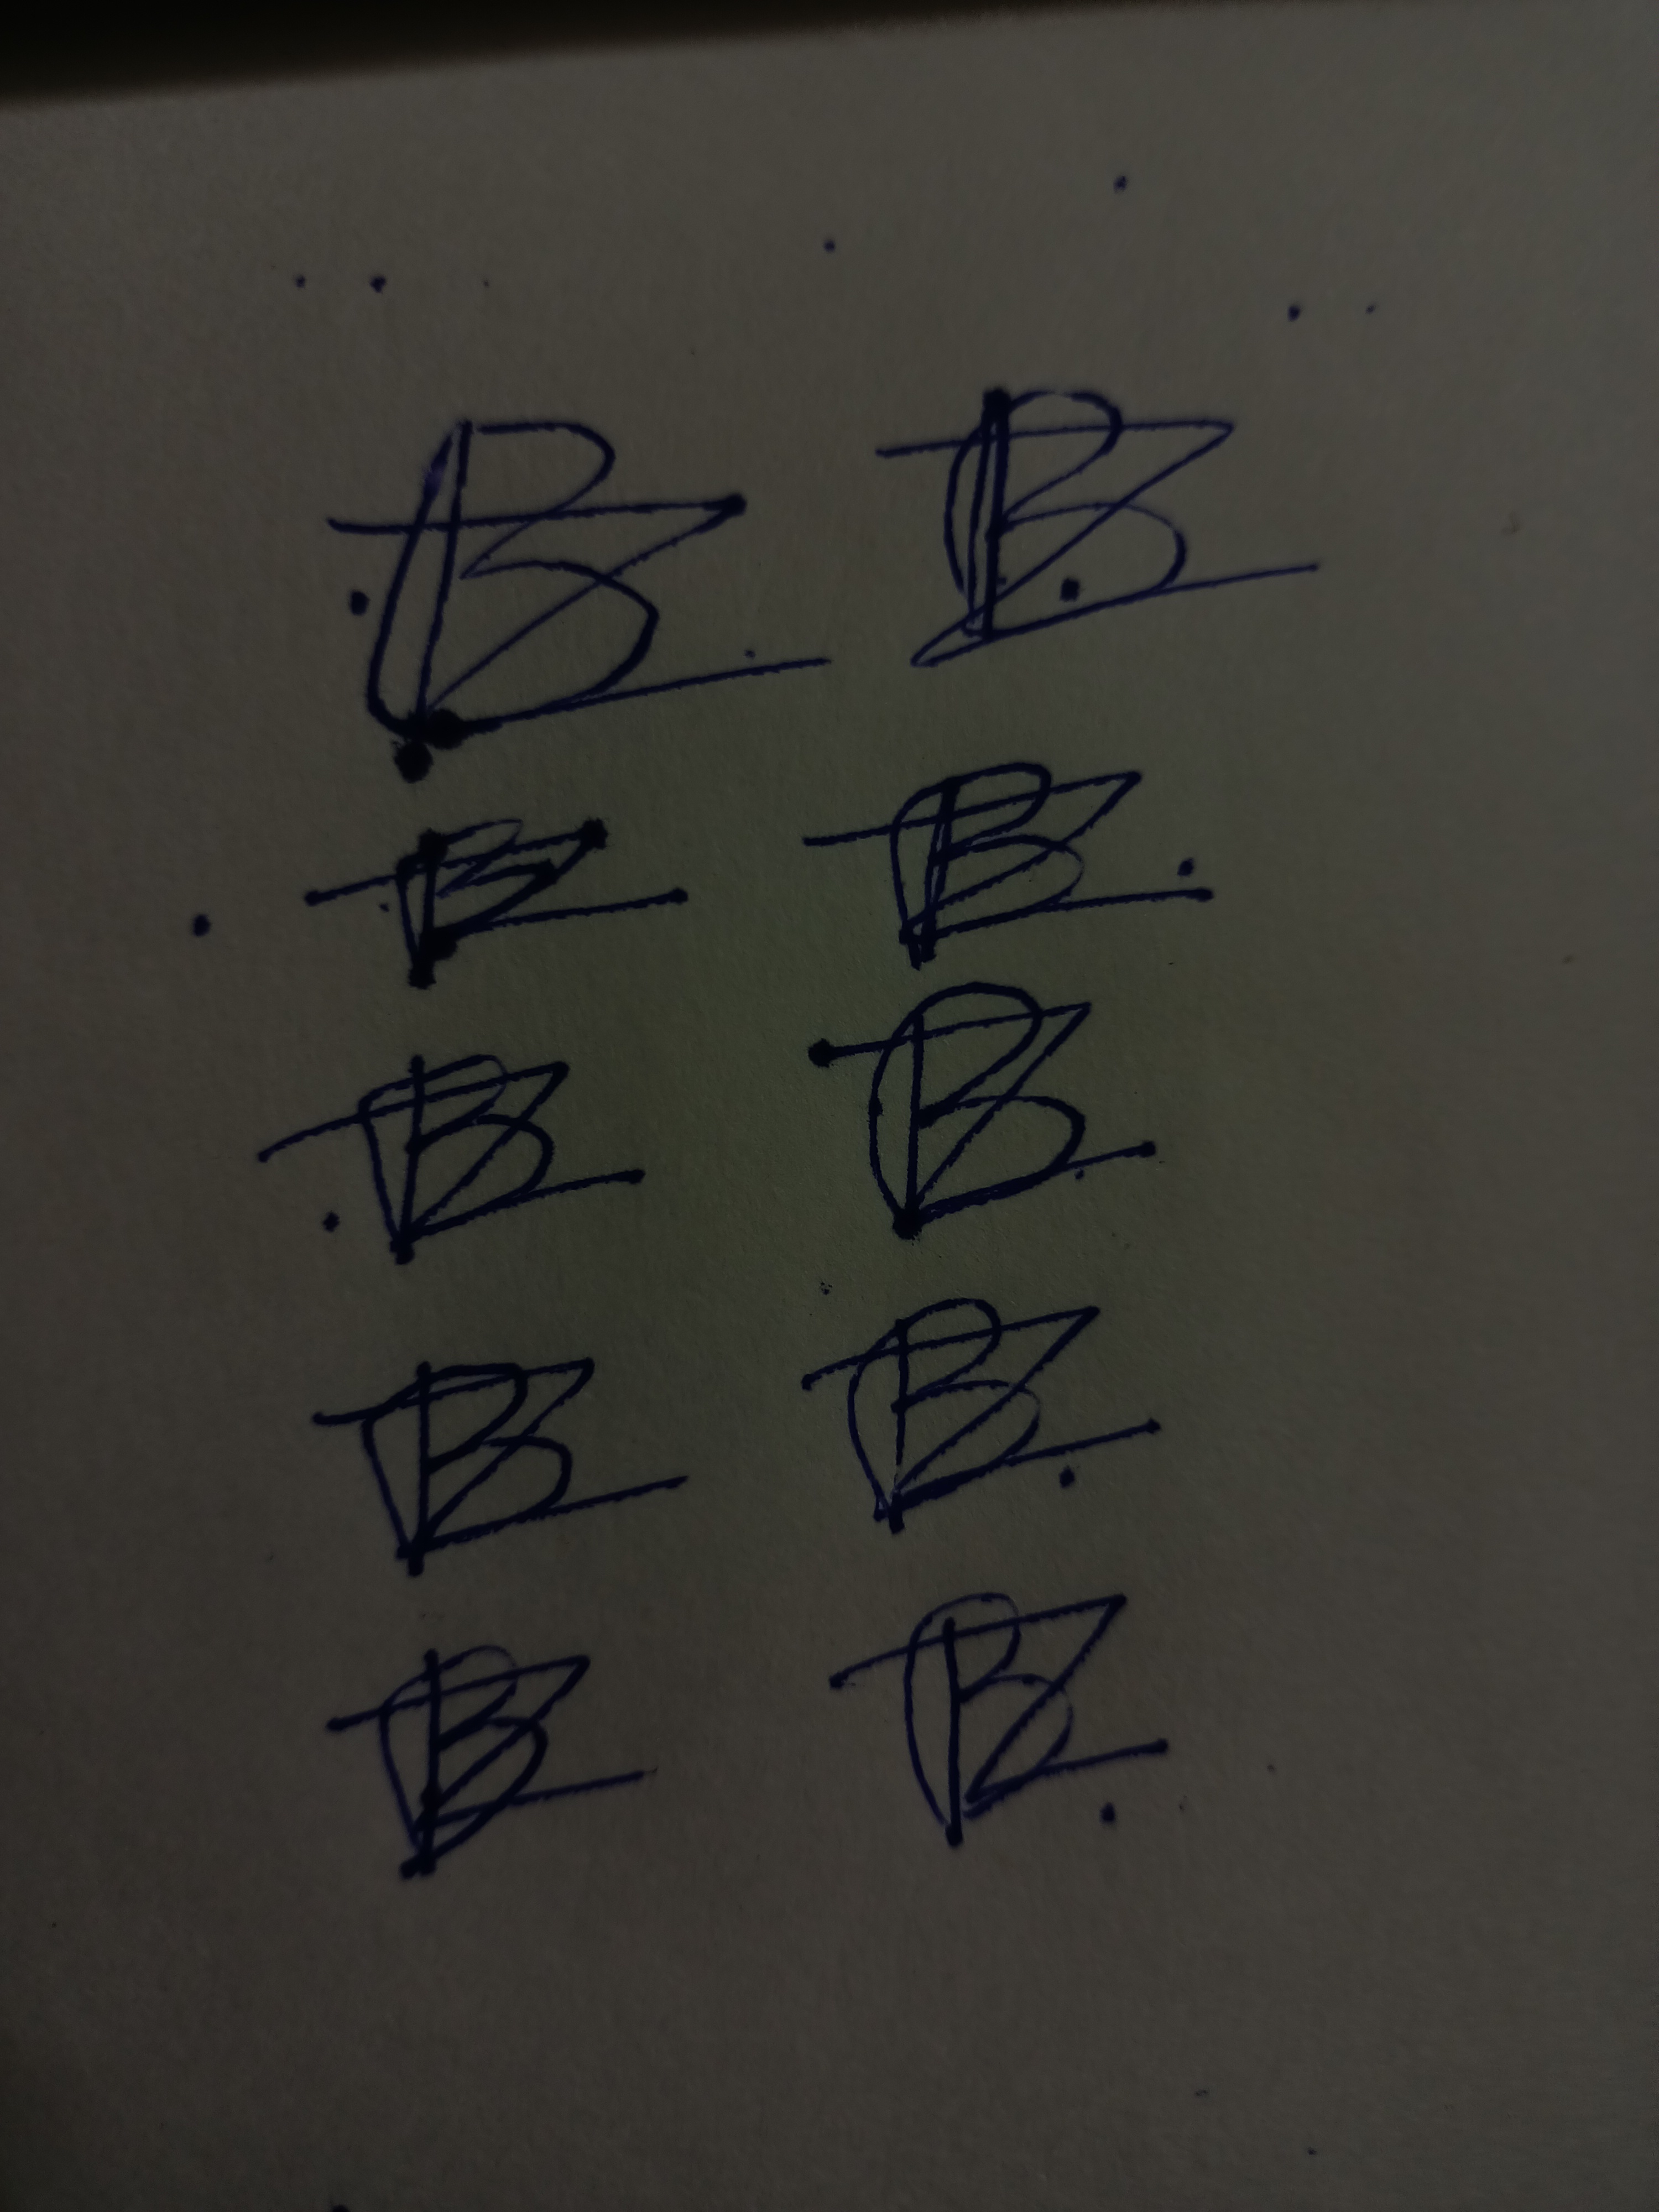
Signature authenticity: forged